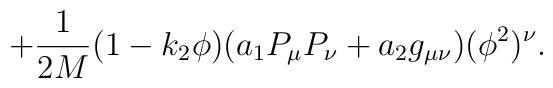
+\frac{1}{2M}(1-k_2\phi )(a_1P_\mu P_\nu +a_2g_{\mu\nu})(\phi ^2)^\nu  .